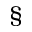
\S